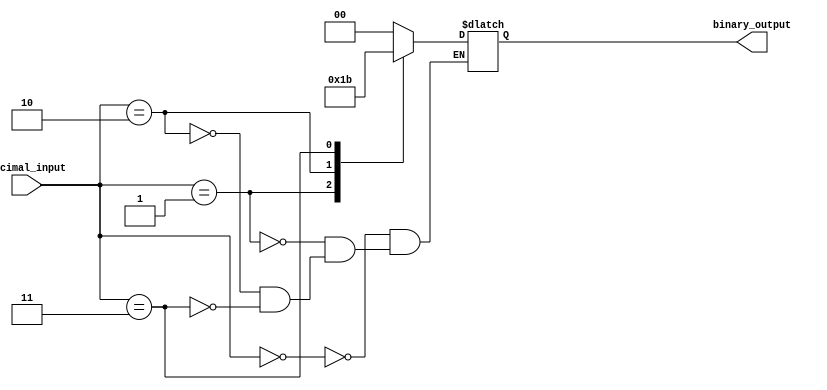
module priority_encoder(
    input [3:0] decimal_input,
    output reg [1:0] binary_output
);

always @(*)
begin
    case(decimal_input)
        0: binary_output = 2'b00;
        1: binary_output = 2'b01;
        2: binary_output = 2'b10;
        3: binary_output = 2'b11;
    endcase
end

endmodule